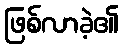
ဖြစ်လာခဲ့၏